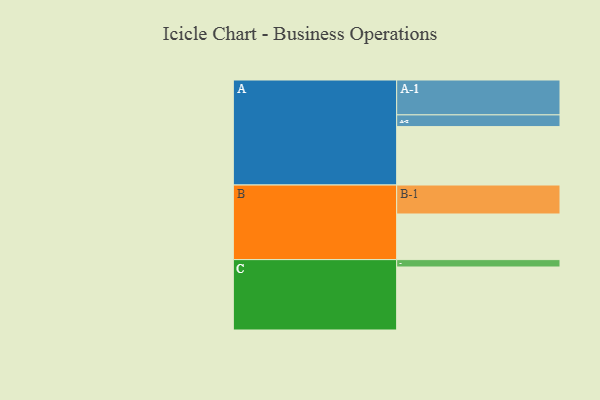
{"axis": {"x": "Segment", "y": "Value"}, "legend": ["", "A", "B", "C"], "data": [{"x": "A", "y": 474, "type": ""}, {"x": "B", "y": 370, "type": ""}, {"x": "C", "y": 511, "type": ""}, {"x": "A-1", "y": 283, "type": "A"}, {"x": "A-2", "y": 95, "type": "A"}, {"x": "B-1", "y": 235, "type": "B"}, {"x": "C-1", "y": 60, "type": "C"}]}